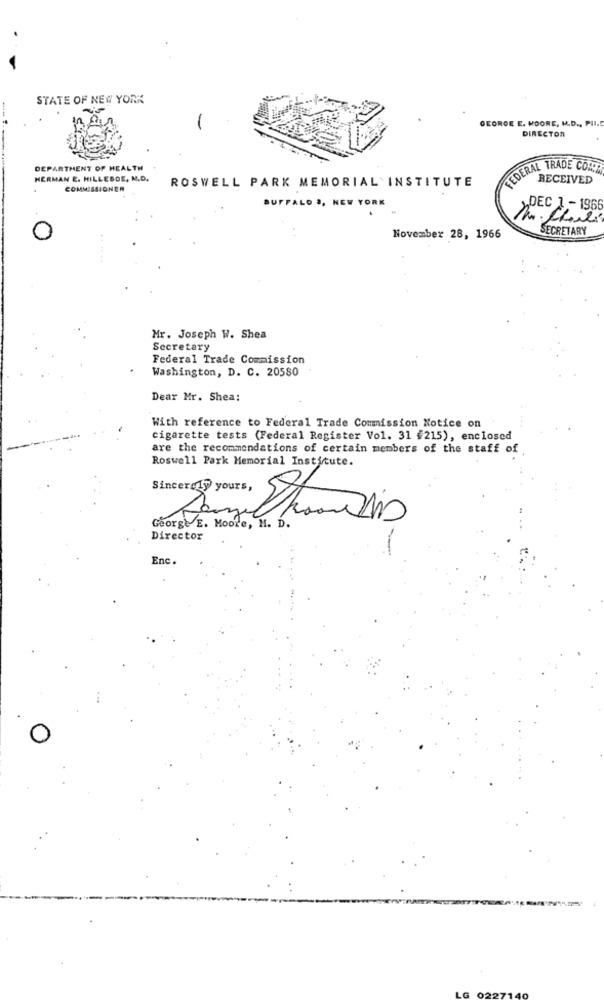
STATE OF NEW YORK
GEORGE E. MOORE, M.D ., PII .!
DIRECTOR
DEPARTMENT OF HEALTH
FEDERAL TRADE CORP
HERMAN E. HILLEBOE, M.D.
ROSWELL PARK MEMORIAL INSTITUTE
RECEIVED
COMMISSIONER
BUFFALO ., NEW YORK
>DEC 1 -1966
SECRETARY
0
November 28, 1966
.. ....
Mr. Joseph W. Shea
Secretary
Federal Trade Commission
Washington, D. C. 20580
Dear Mr. Shea:
With reference to Federal Trade Commission Notice on
cigarette tests (Federal Register Vol. 31 #215), enclosed
are the recommendations of certain members of the staff of
Roswell Park Memorial Insticute.
Sincerely yours,
George E. Moore, M. D.
Director
Enc.
LG